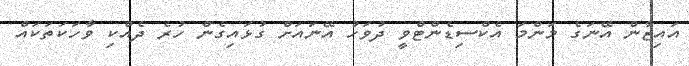
އައިޒާން އޭނަގެ މަންމަ އެކްސިޑެންޓްވީ ދުވަހު އޭނައަށް ގުޅައިގެން ހުރެ ދެއްކި ވާހަކަތަކައް